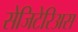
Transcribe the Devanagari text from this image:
सेजिटेरिअस